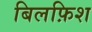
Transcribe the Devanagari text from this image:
बिलफ़िश